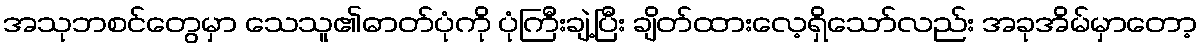
အသုဘစင်တွေမှာ သေသူ၏ဓာတ်ပုံကို ပုံကြီးချဲ့ပြီး ချိတ်ထားလေ့ရှိသော်လည်း အခုအိမ်မှာတော့